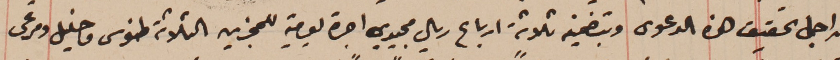
من اجل تحقيق هذه الدعوى وبتضمينه ثلاثة ارباع ريال مجيدي اجرة يومية للمجزين الثلاثة طنوس وخليل ومرعى